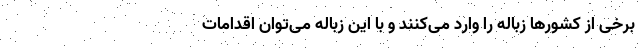
برخی از کشورها زباله را وارد می‌کنند و با این زباله می‌توان اقدامات